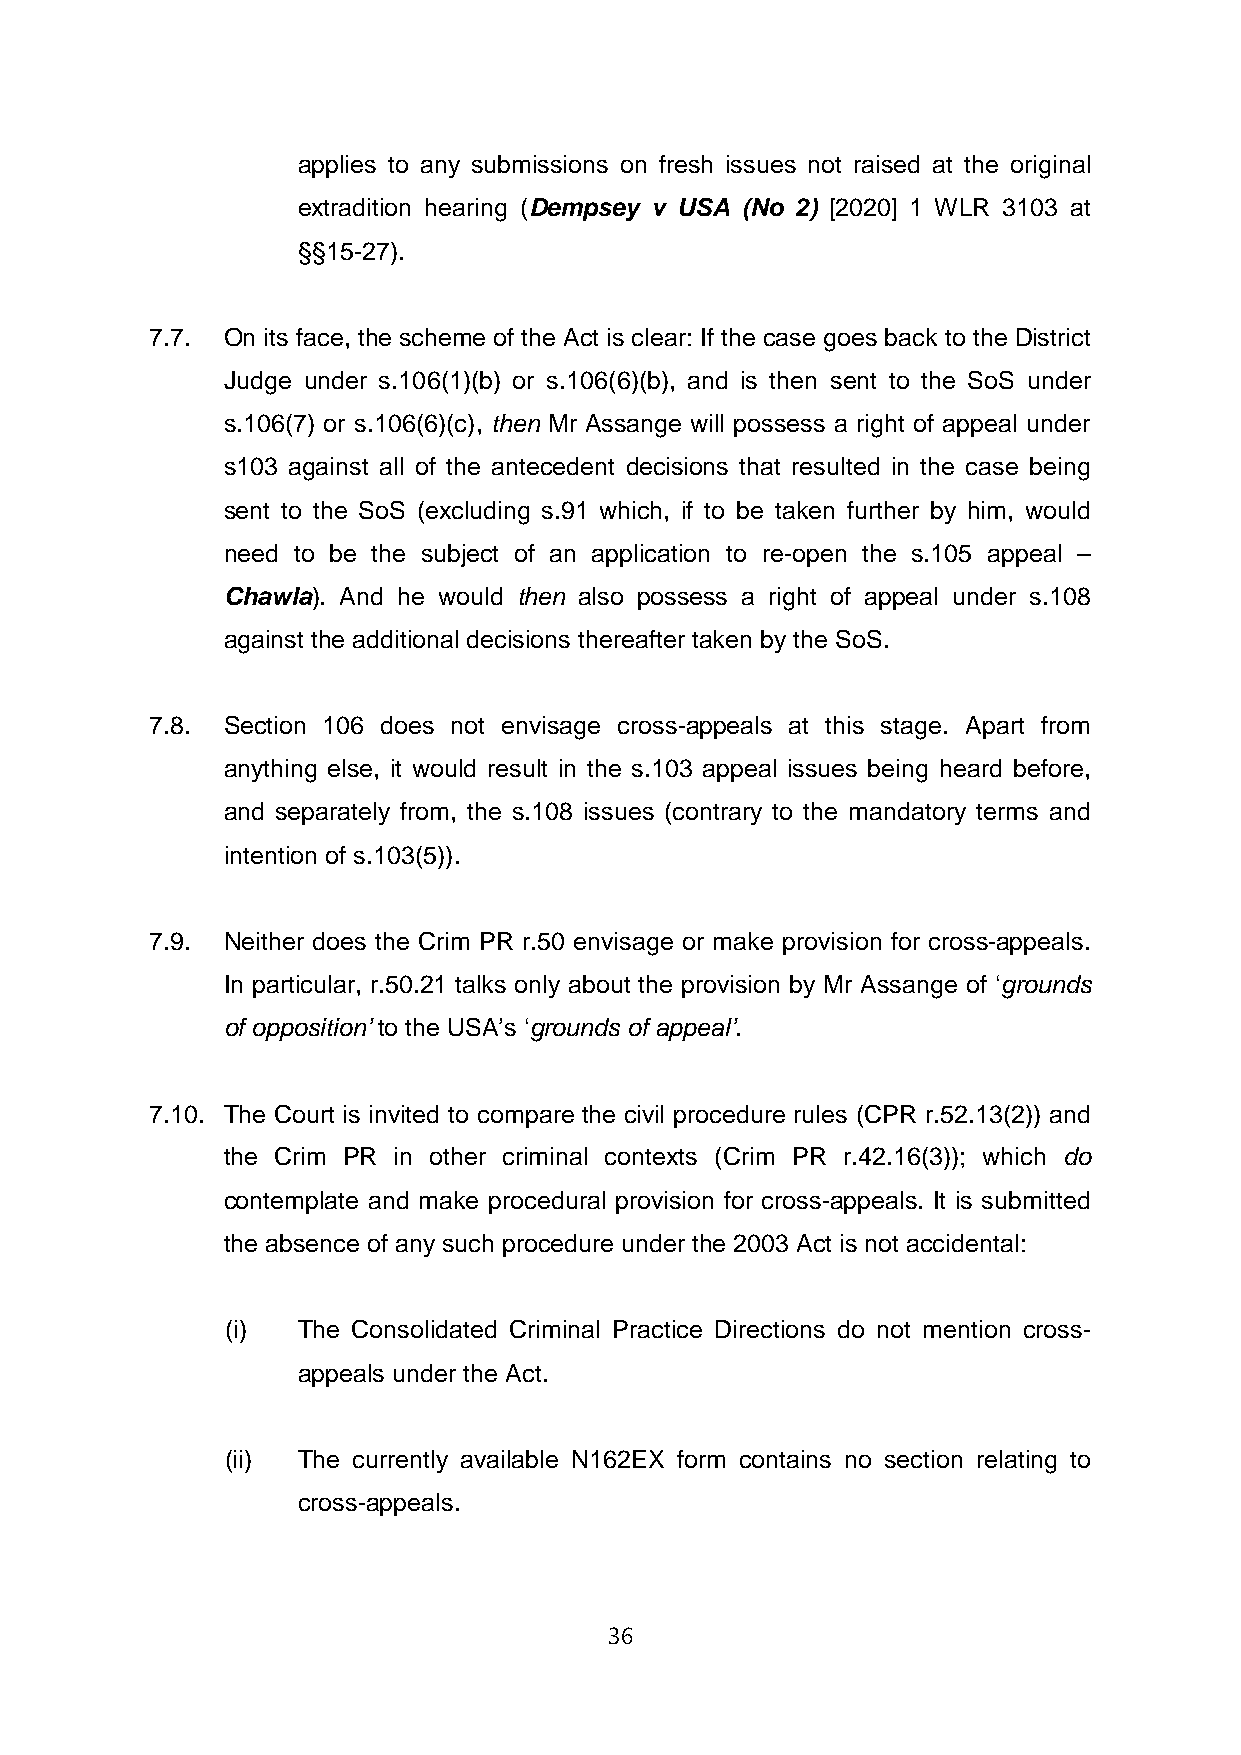
applies to any submissions on fresh issues not raised at the original
 extradition hearing (Dempsey v USA (No 2) [2020] 1 WLR 3103 at
 §§15-27).
 7.7. On its face, the scheme of the Act is clear: If the case goes back to the District
 Judge under s.106(1)(b) or s.106(6)(b), and is then sent to the SoS under
 s.106(7) or s.106(6)(c), then Mr Assange will possess a right of appeal under
 s103 against all of the antecedent decisions that resulted in the case being
 sent to the SoS (excluding s.91 which, if to be taken further by him, would
 need to be the subject of an application to re-open the s.105 appeal –
 Chawla). And he would then also possess a right of appeal under s.108
 against the additional decisions thereafter taken by the SoS.
 7.8. Section 106 does not envisage cross-appeals at this stage. Apart from
 anything else, it would result in the s.103 appeal issues being heard before,
 and separately from, the s.108 issues (contrary to the mandatory terms and
 intention of s.103(5)).
 7.9. Neither does the Crim PR r.50 envisage or make provision for cross-appeals.
 In particular, r.50.21 talks only about the provision by Mr Assange of ‘grounds
 of opposition’ to the USA’s ‘grounds of appeal’.
 7.10. The Court is invited to compare the civil procedure rules (CPR r.52.13(2)) and
 the Crim PR in other criminal contexts (Crim PR r.42.16(3)); which do
 contemplate and make procedural provision for cross-appeals. It is submitted
 the absence of any such procedure under the 2003 Act is not accidental:
 (i)  The Consolidated Criminal Practice Directions do not mention cross-
 appeals under the Act.
 (ii) The currently available N162EX form contains no section relating to
 cross-appeals.
 36